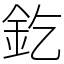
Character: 釳